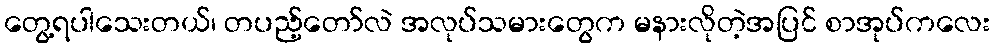
တွေ့ရပါသေးတယ်၊ တပည့်တော်လဲ အလုပ်သမားတွေက မနားလိုတဲ့အပြင် စာအုပ်ကလေး